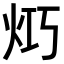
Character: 𤇤